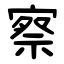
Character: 察